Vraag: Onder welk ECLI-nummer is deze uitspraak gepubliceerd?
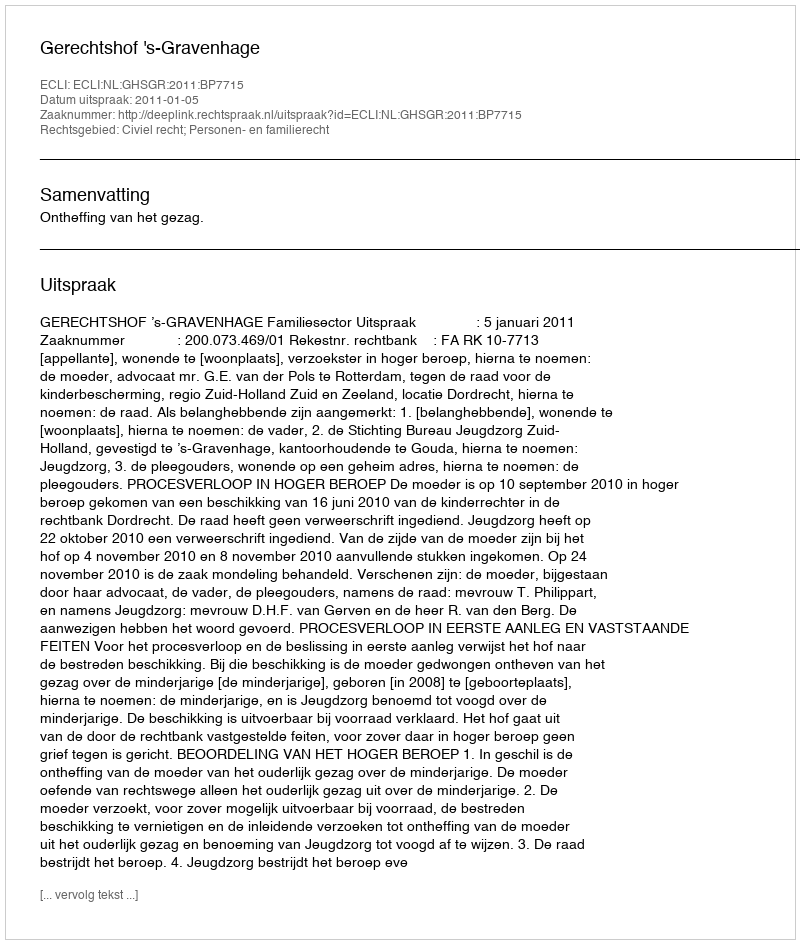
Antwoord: ECLI:NL:GHSGR:2011:BP7715